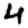
Digit: 4